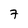
Character: 7